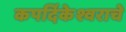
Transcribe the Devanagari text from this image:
कपर्दिकेश्वराचे